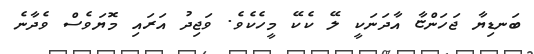
ބަނޑިޔާ ޖަހަންޏާ އާދަނަކީ ލޭ ކެކޭ މީހެކެވެ. ވަޖިދު އަރައި މޮޔަވެސް ވެދާނެ